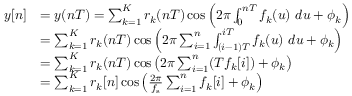
{ \begin{array} { r l } { y [ n ] } & { = y ( n T ) = \sum _ { k = 1 } ^ { K } r _ { k } ( n T ) \cos \left( 2 \pi \int _ { 0 } ^ { n T } f _ { k } ( u ) \ d u + \phi _ { k } \right) } \\ & { = \sum _ { k = 1 } ^ { K } r _ { k } ( n T ) \cos \left( 2 \pi \sum _ { i = 1 } ^ { n } \int _ { ( i - 1 ) T } ^ { i T } f _ { k } ( u ) \ d u + \phi _ { k } \right) } \\ & { = \sum _ { k = 1 } ^ { K } r _ { k } ( n T ) \cos \left( 2 \pi \sum _ { i = 1 } ^ { n } ( T f _ { k } [ i ] ) + \phi _ { k } \right) } \\ & { = \sum _ { k = 1 } ^ { K } r _ { k } [ n ] \cos \left( { \frac { 2 \pi } { f _ { \mathrm { s } } } } \sum _ { i = 1 } ^ { n } f _ { k } [ i ] + \phi _ { k } \right) } \end{array} }